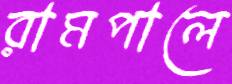
রামপালে